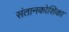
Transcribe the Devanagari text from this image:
संतानकोशिका